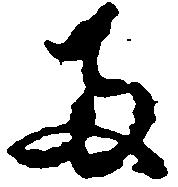
両